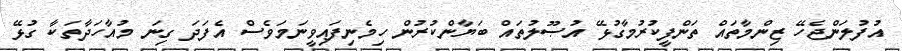
އުފުލަންޖެހޭ ޒިންމާތައް ތަންފީކުރުމާގުޅޭ އުޞޫލުތައް ބަޔާންކުރުން ހިމެނިފައިވީނަމަވެސް އެފަދަ ގިނަ މުއާހަދާތަކާ ގުޅޭ